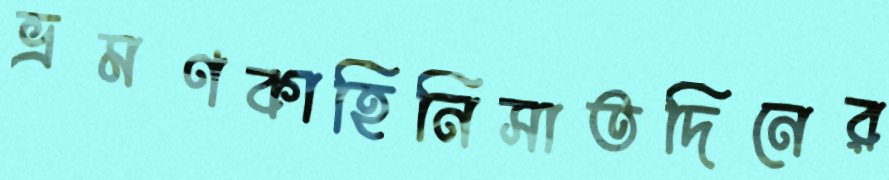
ভ্রমণকাহিনিসাতদিনের